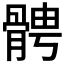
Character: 𩩍